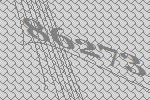
86273